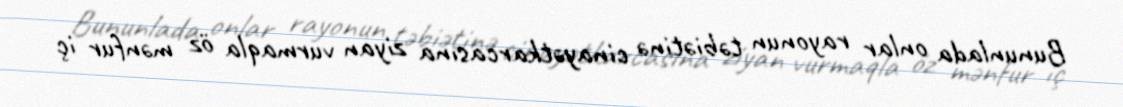
Bununlada onlar rayonun təbiətinə cinayətkarcasına ziyan vurmaqla öz mənfur iç